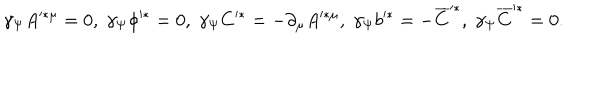
\gamma _ { \Psi } A ^ { * \mu } = 0 , \; \gamma _ { \Psi } \phi ^ { * } = 0 , \; \gamma _ { \Psi } C ^ { * } = - \partial _ { \mu } A ^ { * \mu } , \; \gamma _ { \Psi } b ^ { * } = - \overline { { { C } } } ^ { * } , \; \gamma _ { \Psi } \overline { { { C } } } ^ { * } = 0 .